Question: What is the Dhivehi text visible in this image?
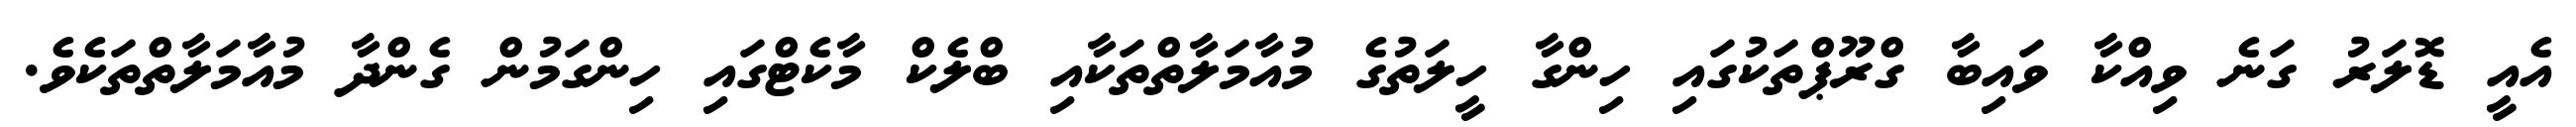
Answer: އެއީ ޑޮލަރު ގަނެ ވިއްކާ ވައިބާ ގްރޫޕްތަކުގައި ހިންގާ ހީލަތުގެ މުއާމަލާތްތަކާއި ބްލެކް މާކެޓްގައި ހިންގަމުން ގެންދާ މުއާމަލާތްތަކެވެ.